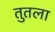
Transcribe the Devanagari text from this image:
तुतला